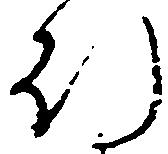
行